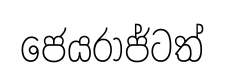
ජෙයරාජ්ටත්